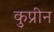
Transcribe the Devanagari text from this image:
कुप्रीन